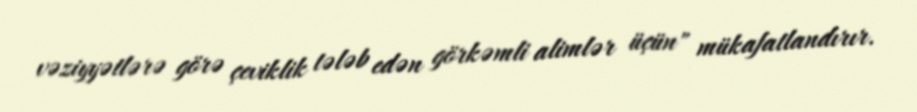
vəziyyətlərə görə çeviklik tələb edən görkəmli alimlər üçün" mükafatlandırır.